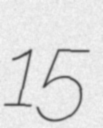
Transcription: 15